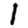
Digit: 1